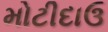
મોટીદાઉ